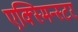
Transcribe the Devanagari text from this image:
एक्स्मिन्स्टर